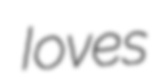
Ioves